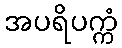
အပရိပက္ကံ